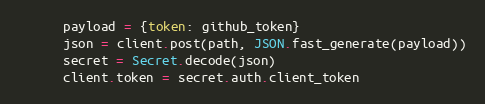
Language: Ruby
      payload = {token: github_token}
      json = client.post(path, JSON.fast_generate(payload))
      secret = Secret.decode(json)
      client.token = secret.auth.client_token